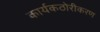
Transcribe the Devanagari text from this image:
कार्यकठोरीकरण